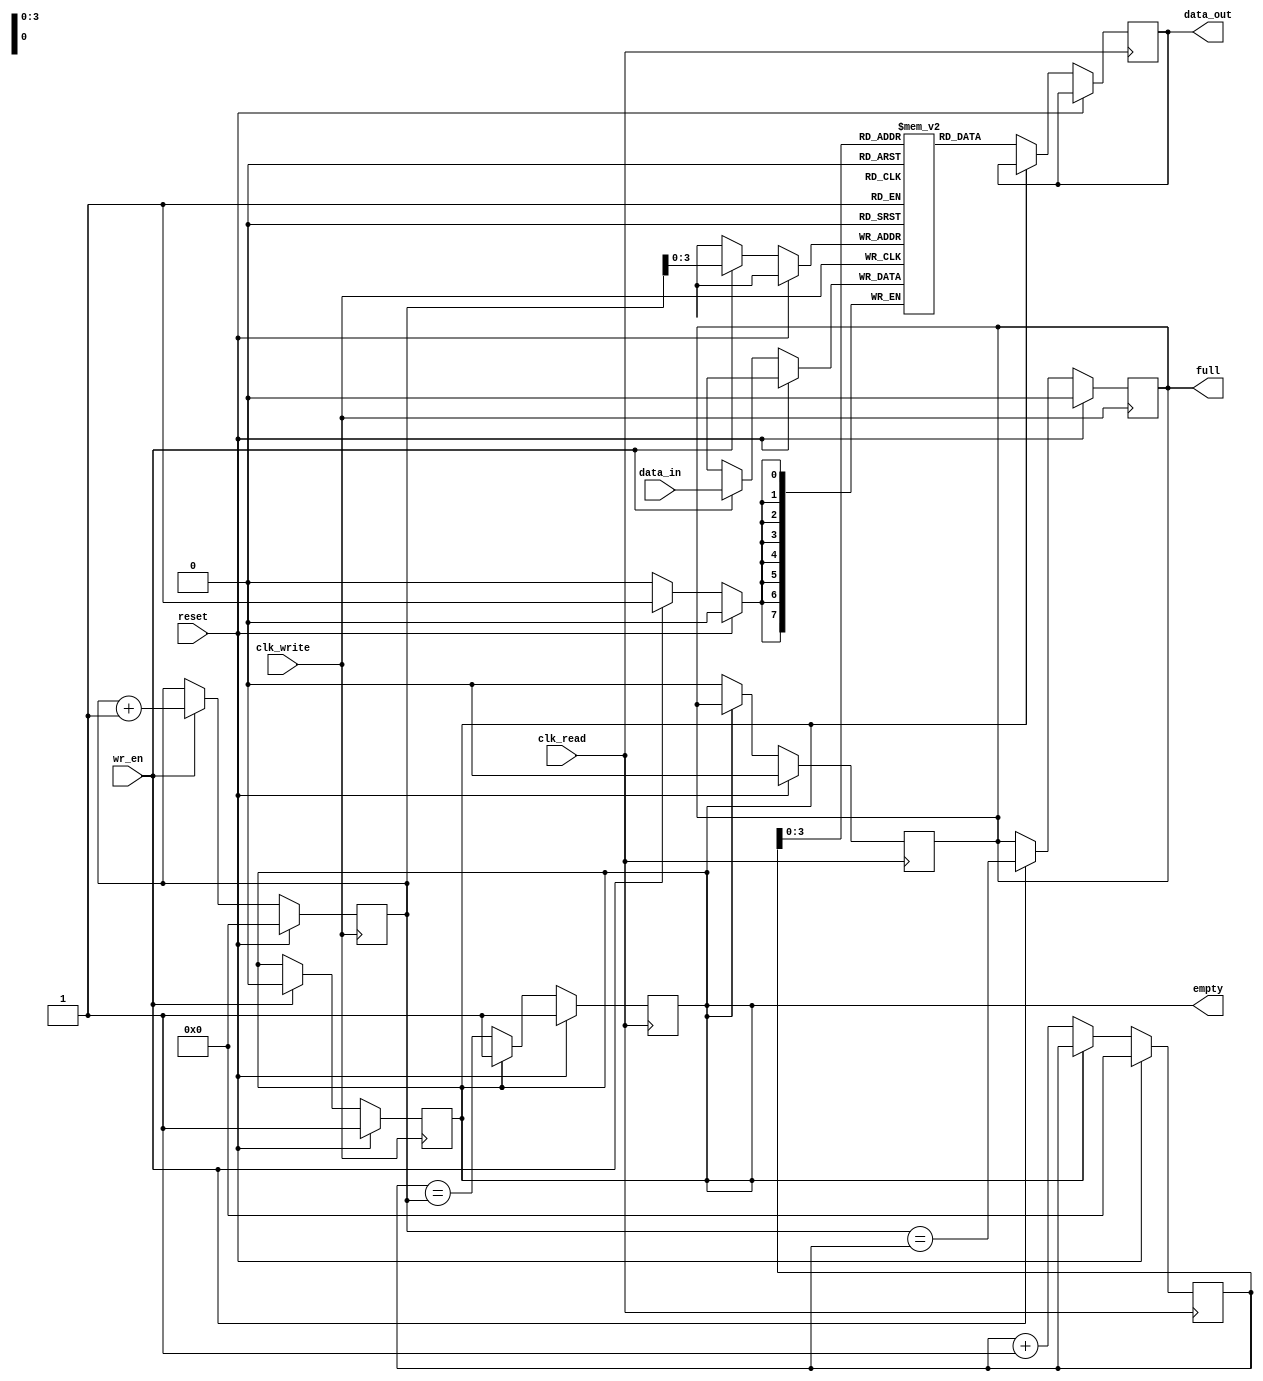
module fifo_buffer (
    input wire clk_write,
    input wire clk_read,
    input wire reset,
    input wire wr_en,
    input wire [DATA_WIDTH-1:0] data_in,
    output reg [DATA_WIDTH-1:0] data_out,
    output reg full,
    output reg empty
);

parameter DATA_WIDTH = 8;
parameter DEPTH = 16;

reg [DATA_WIDTH-1:0] buffer [0:DEPTH-1];
reg [4:0] wr_ptr, rd_ptr;
reg wr_clr, rd_clr;

initial begin
    wr_ptr = 0;
    rd_ptr = 0;
    wr_clr = 0;
    rd_clr = 0;
    full = 0;
    empty = 1;
end

always @(posedge clk_write) begin
    if (reset) begin
        wr_ptr <= 0;
        wr_clr <= 0;
        full <= 0;
        empty <= 1;
    end else begin
        if (wr_en) begin
            buffer[wr_ptr] <= data_in;
            wr_ptr <= wr_ptr + 1;
            wr_clr <= 0;
            full <= (wr_ptr == rd_ptr);
            empty <= 0;
        end
    end
end

always @(posedge clk_read) begin
    if (reset) begin
        rd_ptr <= 0;
        rd_clr <= 0;
        full <= 0;
        empty <= 1;
    end else begin
        if (!empty) begin
            data_out <= buffer[rd_ptr];
            rd_ptr <= rd_ptr + 1;
            rd_clr <= 0;
            empty <= (rd_ptr == wr_ptr);
            full <= 0;
        end
    end
end

endmodule